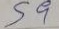
59